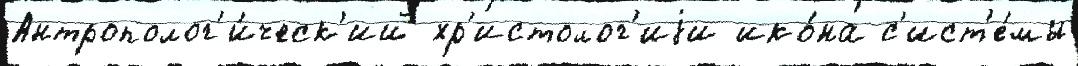
Антрополог'и́ческ'ий хр'истолог'иjи ико́на с'ист'е́мы